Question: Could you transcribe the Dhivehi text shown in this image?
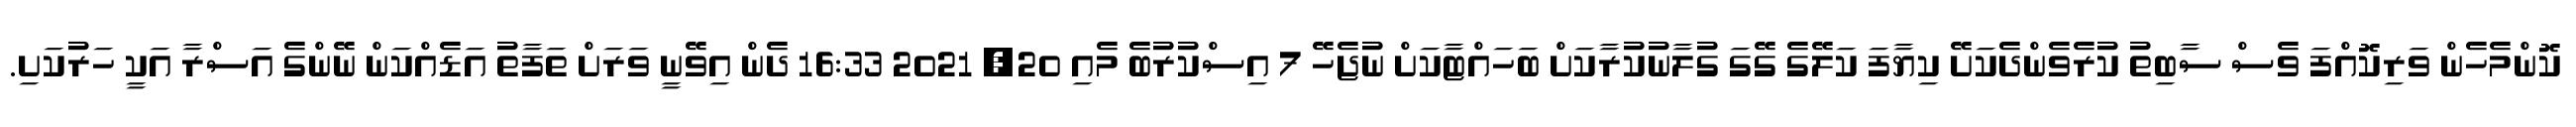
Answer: ކޮންމެހެން ވަރިކޮއްފަ ވެސް ސާބިތު ކުރެވެންދެކަށޭ ކިޔާފަ ކަލޭގެ ގޭގަ ގުލާނުކުރާކަށް ބަހައްޓާކަށް ނުޖެހޭ 7 އިސްކުރުބެ މެއި 20, 2021 16:33 ދެން އިވޭނީ ވަރަށް ތަފާތު އަޑެއްކަން ނޭންގެ އަސްރާ އަކީ ހަރުކަށި.